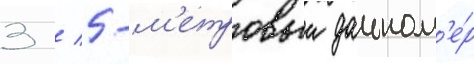
3 / 5-м'етровыи дальном'е́р